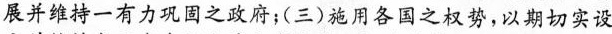
展并维持一有力巩固之政府；(三)施用各国之权势，以期切实设